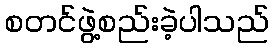
စတင်ဖွဲ့စည်းခဲ့ပါသည်